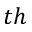
t h